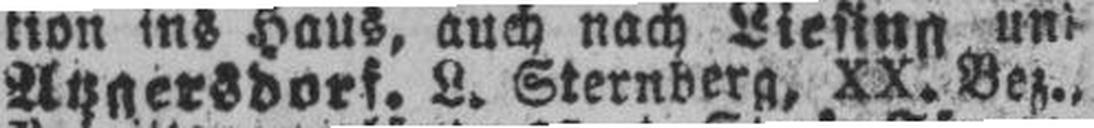
Agnersdorf. L. Sternberg, XX. Bez.,